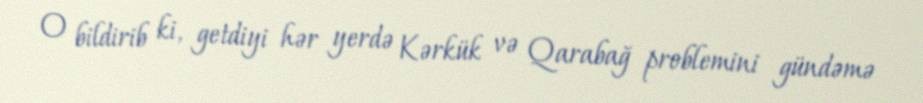
O bildirib ki, getdiyi hər yerdə Kərkük və Qarabağ problemini gündəmə